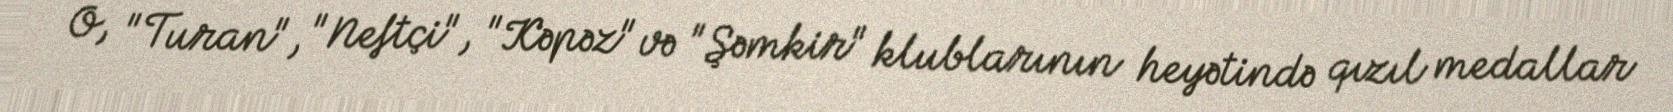
O, "Turan", "Neftçi", "Kəpəz" və "Şəmkir" klublarının heyətində qızıl medallar